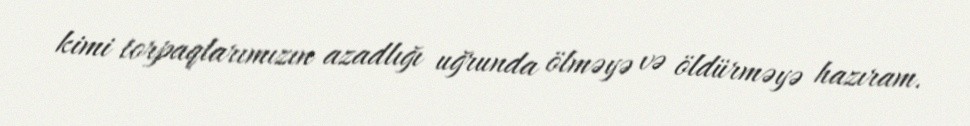
kimi torpaqlarımızın azadlığı uğrunda ölməyə və öldürməyə hazıram.